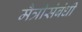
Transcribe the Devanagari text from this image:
मैत्रीसंबंधी